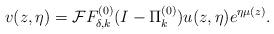
LaTeX: \begin{align*}v(z,\eta)=\mathcal{F}F^{(0)}_{\delta,k}(I-\Pi^{(0)}_k)u(z,\eta)e^{\eta\mu(z)}.\end{align*}